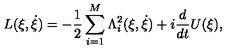
L ( \xi , \dot { \xi } ) = - \frac { 1 } { 2 } \sum _ { i = 1 } ^ { M } \Lambda _ { i } ^ { 2 } ( \xi , \dot { \xi } ) + i \frac { d } { d t } U ( \xi ) ,